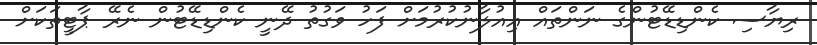
ރިޔާސި ކެންޑިޑޭޓުންގެ ނަންތައް އިއުލާނުކުރުމަށް ފަހު ވަގުތު ދޭނީ ކެންޑިޑޭޓުން ނެރޭ ޕާޓީތަކަށް